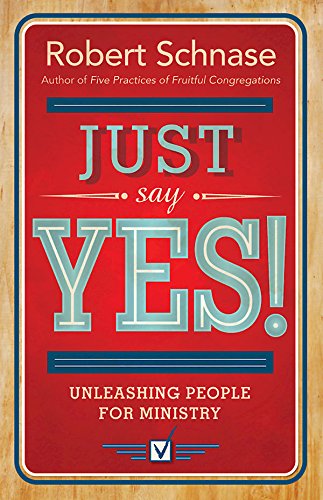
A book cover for Just Say Yes!: Unleashing People for Ministry; Robert Schnase; Christian Books & Bibles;